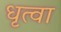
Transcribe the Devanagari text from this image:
धृत्वा